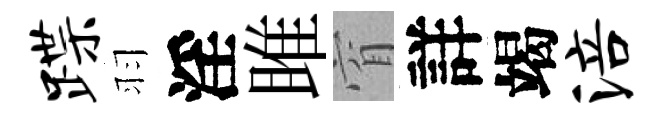
蹀羽淫雎窅詳竭涪